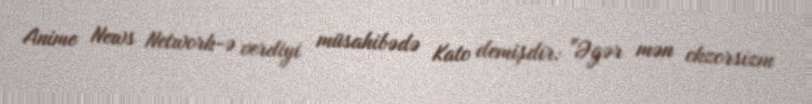
Anime News Network-ə verdiyi müsahibədə Kato demişdir: "Əgər mən ekzorsizm